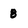
Character: 8